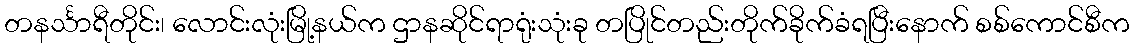
တနင်္သာရီတိုင်း၊ လောင်းလုံးမြို့နယ်က ဌာနဆိုင်ရာရုံးသုံးခု တပြိုင်တည်းတိုက်ခိုက်ခံရပြီးနောက် စစ်ကောင်စီက